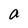
Character: a